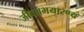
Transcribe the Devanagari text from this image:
जीवअभयारण्य